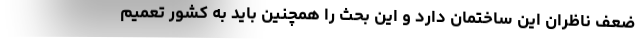
ضعف ناظران این ساختمان دارد و این بحث را همچنین باید به کشور تعمیم